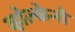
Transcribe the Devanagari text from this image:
व्होल्केनो